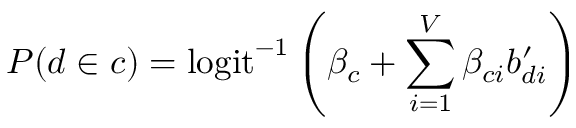
P ( d \in c ) = \mathrm { l o g i t } ^ { - 1 } \left( \beta _ { c } + \sum _ { i = 1 } ^ { V } \beta _ { c i } b _ { d i } ^ { \prime } \right)